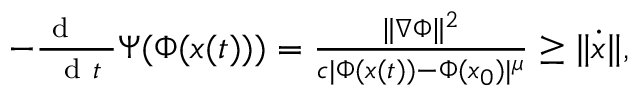
\begin{array} { r } { - \frac { \mathrm { ~ d ~ \, ~ \, ~ } } { \mathrm { ~ d ~ } t } \Psi ( \Phi ( { \boldsymbol x } ( t ) ) ) = \frac { \| \nabla \Phi \| ^ { 2 } } { c | \Phi ( { \boldsymbol x } ( t ) ) - \Phi ( { \boldsymbol x } _ { 0 } ) | ^ { \mu } } \geq \| \dot { { \boldsymbol x } } \| , } \end{array}